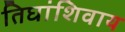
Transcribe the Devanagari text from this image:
तिघांशिवाय